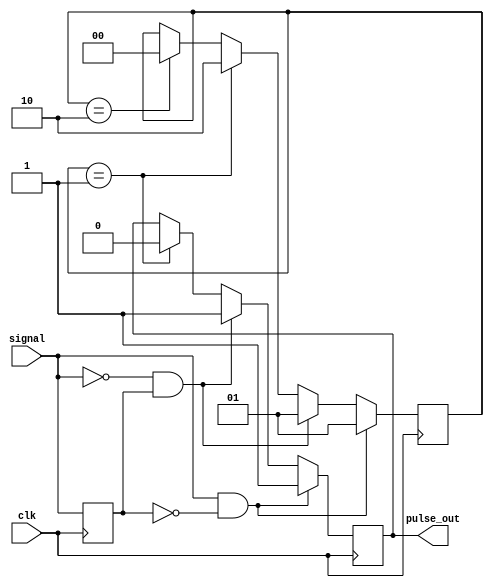
module pulse_edge_detector (
    input wire signal,     // Digital input signal
    input wire clk,       // Clock signal for synchronization
    output reg pulse_out   // Output pulse indicating detected edges
);

    // Register to hold the previous state of the signal
    reg previous_signal;

    // Parameter for pulse width (in clock cycles)
    parameter PULSE_WIDTH = 2; // Adjust this for desired pulse width

    // State variable to manage pulse generation
    reg [1:0] pulse_state; // 00: idle, 01: pulse high, 10: pulse low

    // Edge detection and pulse generation logic
    always @(posedge clk) begin
        // Store the previous state of the signal
        previous_signal <= signal;

        // Edge detection
        if (signal && !previous_signal) begin
            // Rising edge detected
            pulse_out <= 1'b1; // Generate pulse
            pulse_state <= 2'b01; // Set state to pulse high
        end else if (!signal && previous_signal) begin
            // Falling edge detected
            pulse_out <= 1'b1; // Generate pulse
            pulse_state <= 2'b01; // Set state to pulse high
        end else if (pulse_state == 2'b01) begin
            // Pulse is currently high, manage pulse width
            pulse_state <= pulse_state + 1; // Increment pulse state
            if (pulse_state == PULSE_WIDTH - 1) begin
                pulse_out <= 1'b0; // End the pulse
                pulse_state <= 2'b10; // Change state to pulse low
            end
        end else if (pulse_state == 2'b10) begin
            // Pulse low state, reset to idle
            pulse_state <= 2'b00; // Reset to idle state
        end
    end

    // Initialize outputs
    initial begin
        previous_signal = 1'b0;
        pulse_out = 1'b0;
        pulse_state = 2'b00; // Start in idle state
    end

endmodule